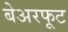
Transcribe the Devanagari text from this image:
बेअरफूट